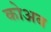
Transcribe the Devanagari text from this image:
कोअब